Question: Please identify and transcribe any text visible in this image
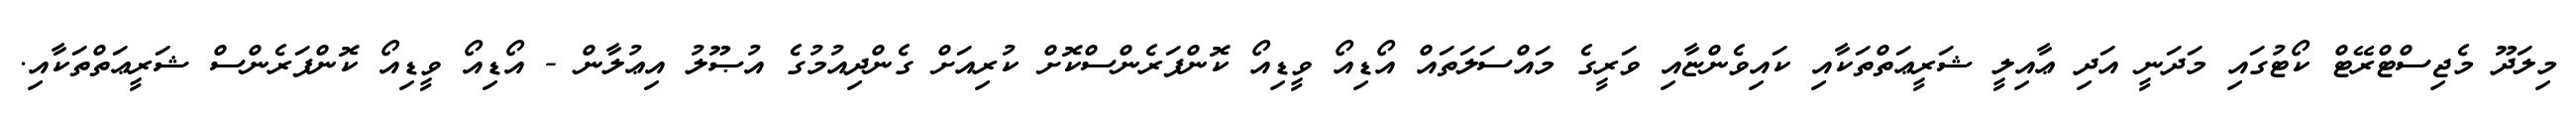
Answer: މިލަދޫ މެޖިސްޓްރޭޓް ކޯޓުގައި މަދަނީ އަދި ޢާއިލީ ޝަރީޢަތްތަކާއި ކައިވެންޏާއި ވަރީގެ މައްސަލަތައް އޯޑިއޯ ވީޑިއޯ ކޮންފަރެންސްކޮށް ކުރިއަށް ގެންދިއުމުގެ އުޞޫލު އިޢުލާން - އޯޑިއޯ ވީޑިއޯ ކޮންފަރެންސް ޝަރީޢަތްތަކާއި.